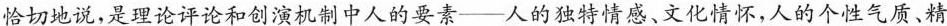
恰切地说，是理论评论和创演机制中人的要素——人的独特情感、文化情怀，人的个性气质、精